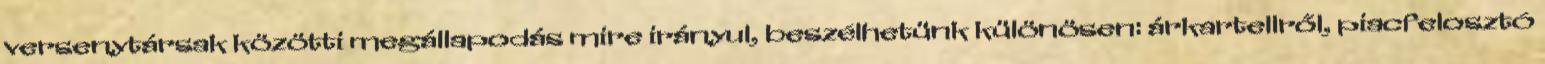
versenytársak közötti megállapodás mire irányul, beszélhetünk különösen: árkartellről, piacfelosztó